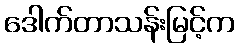
ဒေါက်တာသန်းမြင့်က